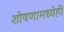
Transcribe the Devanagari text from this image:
शोषणामध्येही